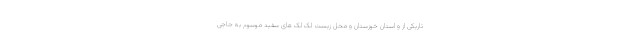
تاریکی از و استان خوزستان و محل زیست لک لک های سفید موسوم به حاجی